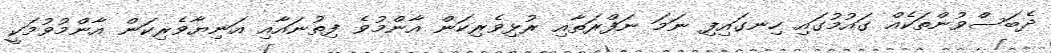
ދެބަސްވުންތަކެއް ގައުމުގައި ހިނގައިފި ނަމަ ނަފްރަތާއި ރުޅިވެރިކަން އާންމުވެ ފިތުނައާއި އަނިޔާވެރިކަން އާންމުވުމަކީ